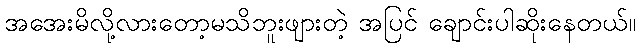
အအေးမိလို့လားတော့မသိဘူးဖျားတဲ့ အပြင် ချောင်းပါဆိုးနေတယ်။